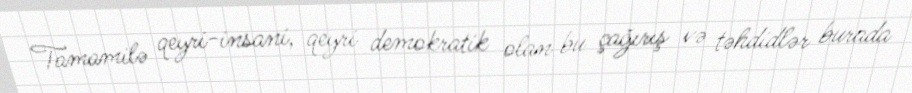
Tamamilə qeyri-insani, qeyri demokratik olan bu çağırış və təhdidlər burada